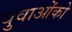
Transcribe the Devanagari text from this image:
युवाओंको